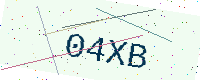
Text: 04XB